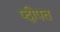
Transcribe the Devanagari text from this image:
प्दीपत